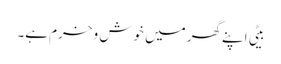
بیٹی اپنے گھر میں خوش و خرم ہے۔